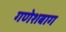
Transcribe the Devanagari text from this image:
गणेशबाग